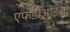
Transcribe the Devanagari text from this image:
एफडीआईसी